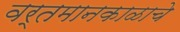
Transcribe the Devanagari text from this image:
वर्तमानकाळाचे